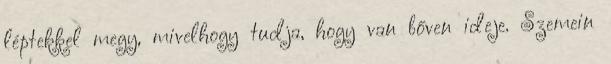
léptekkel megy, mivelhogy tudja, hogy van bőven ideje. Szemein